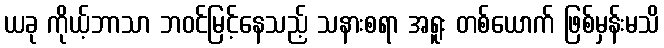
ယခု ကိုယ့်ဘာသာ ဘဝင်မြင့်နေသည့် သနားစရာ အရူး တစ်ယောက် ဖြစ်မှန်းမသိ